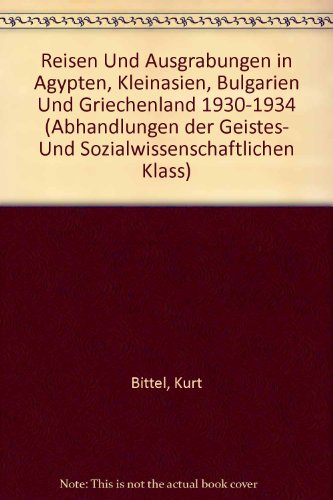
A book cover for Reisen und Ausgrabungen in Agypten, Kleinasien, Bulgarien und Griechenland 1930-1934 (Abhandlungen der Geistes- Und Sozialwissenschaftlichen Klass) (German Edition); Kurt Bittel; Travel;